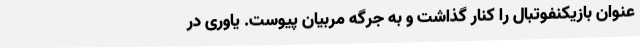
عنوان بازیکنفوتبال را کنار گذاشت و به جرگه مربیان پیوست. یاوری در